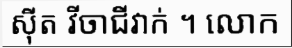
ស៊ីត វីចាជីវាក់ ។ លោក